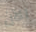
الآن